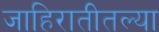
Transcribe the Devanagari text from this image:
जाहिरातीतल्या